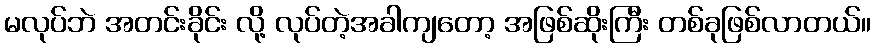
မလုပ်ဘဲ အတင်းခိုင်း လို့ လုပ်တဲ့အခါကျတော့ အဖြစ်ဆိုးကြီး တစ်ခုဖြစ်လာတယ်။